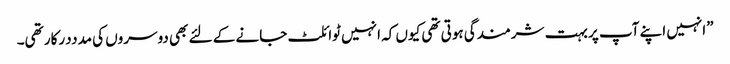
”انہیں اپنے آپ پر بہت شرمندگی ہوتی تھی کیوں کہ انہیں ٹوائلٹ جانے کے لئے بھی دوسروں کی مدددرکار تھی۔